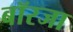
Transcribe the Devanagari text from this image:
बॉरजा